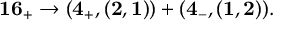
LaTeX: { \bf 1 6 _ { + } } \rightarrow ( { \bf 4 _ { + } } , ( { \bf 2 } , { \bf 1 } ) ) + ( { \bf 4 _ { - } } , ( { \bf 1 } , { \bf 2 } ) ) .